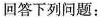
回答下列问题：